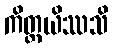
ကိတ္တယိဿသိ